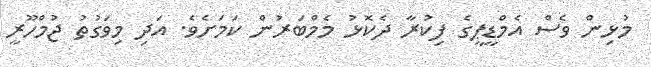
މުޅިން ވެސް އެމްޑީޕީގެ ފިކުރާ ދެކޮޅު މެމްބަރުން ކަމަށެވެ. އަދި މިވަގުތު ޖުމްހޫރީ